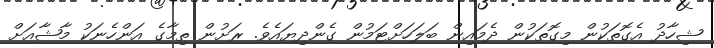
ޝިހާދު އެގޮތަކުން މިގޮތަކުން ދެމައިން ބަލަހަށްޓަމުން ގެންދިޔައެވެ. ރަށުން ތިމާގެ އަންހެނަކު މާޝާއަށް